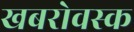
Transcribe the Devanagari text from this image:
खबरोवस्क